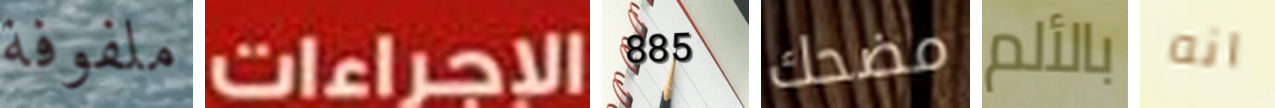
ملفوفة الإجراءات 885 مضحك بالألم انه